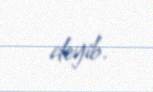
deyib.